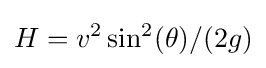
H=v^{2}\sin ^{2}(\theta )/(2g)